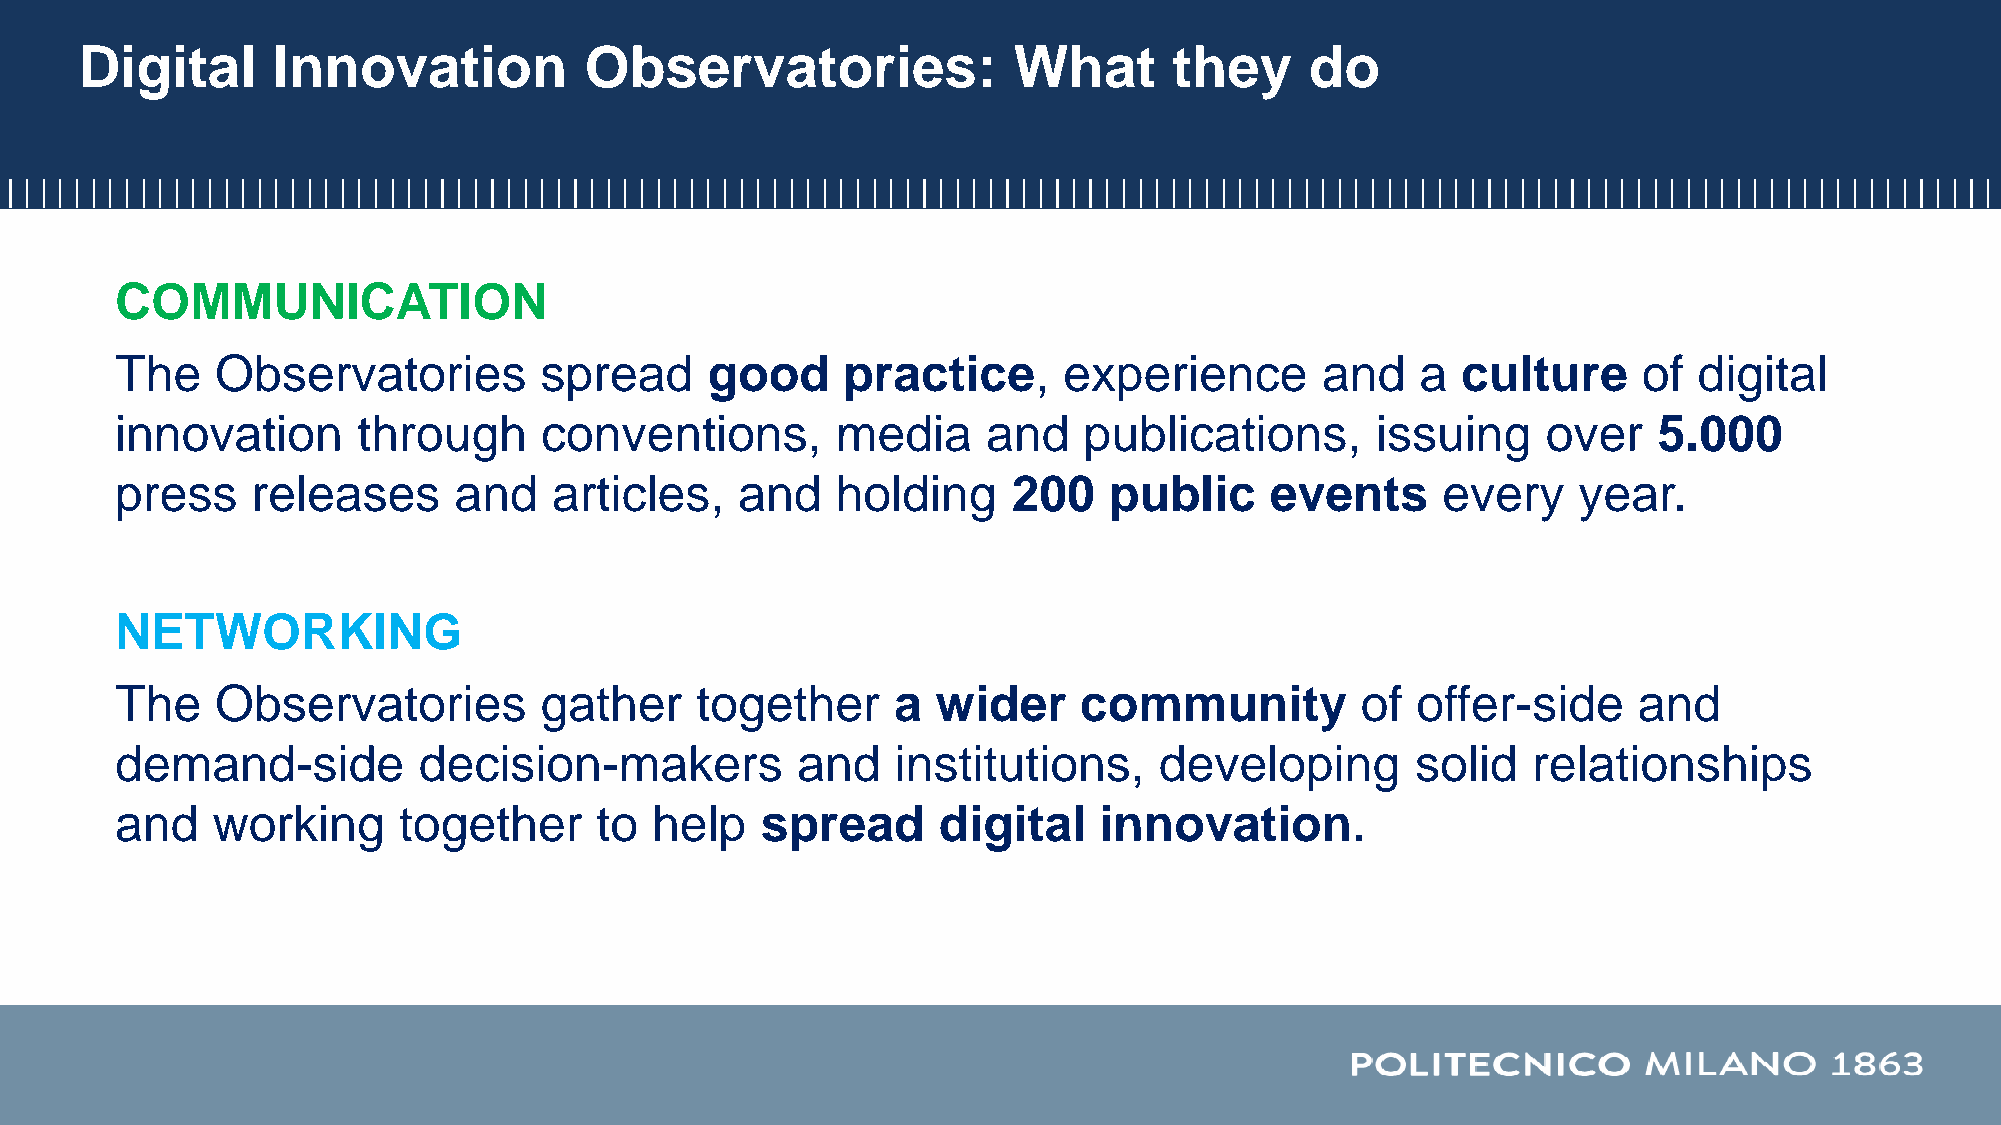
Digital      Innovation           Observatories:              What       they     do
 COMMUNICATION
 The   Observatories         spread     good     practice,     experience       and    a  culture     of digital
 innovation      through     conventions,       media     and    publications,      issuing    over    5.000
 press    releases     and    articles,   and   holding     200   public     events     every    year.
 NETWORKING
 The   Observatories         gather    together     a  wider    community          of  offer-side    and
 demand-side         decision-makers          and   institutions,     developing       solid  relationships
 and   working     together     to  help   spread      digital    innovation.